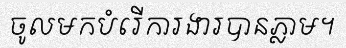
ចូលមកបំរើការងារបានភ្លាម។